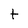
Character: t